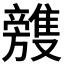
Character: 𣄥